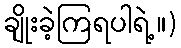
ချိုးခဲ့ကြရပါရဲ့။)